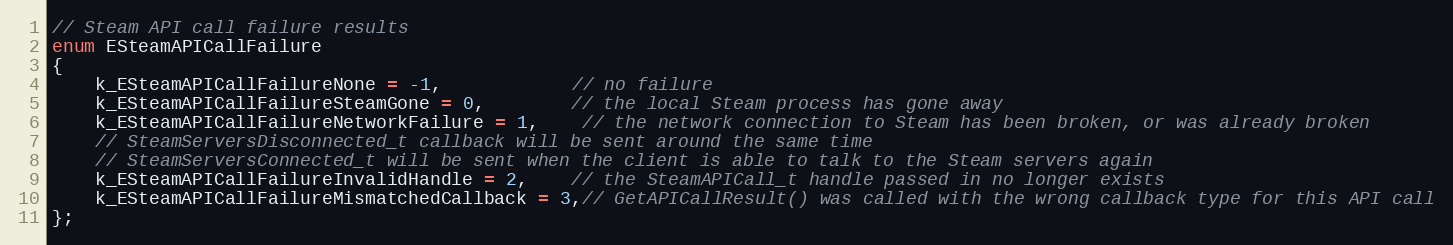
Language: C
// Steam API call failure results
enum ESteamAPICallFailure
{
	k_ESteamAPICallFailureNone = -1,			// no failure
	k_ESteamAPICallFailureSteamGone = 0,		// the local Steam process has gone away
	k_ESteamAPICallFailureNetworkFailure = 1,	// the network connection to Steam has been broken, or was already broken
	// SteamServersDisconnected_t callback will be sent around the same time
	// SteamServersConnected_t will be sent when the client is able to talk to the Steam servers again
	k_ESteamAPICallFailureInvalidHandle = 2,	// the SteamAPICall_t handle passed in no longer exists
	k_ESteamAPICallFailureMismatchedCallback = 3,// GetAPICallResult() was called with the wrong callback type for this API call
};